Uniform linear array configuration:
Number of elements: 32
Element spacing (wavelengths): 1
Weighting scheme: cosine
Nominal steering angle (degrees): -15
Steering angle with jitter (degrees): -15.204
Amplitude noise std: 0.05
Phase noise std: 0.05

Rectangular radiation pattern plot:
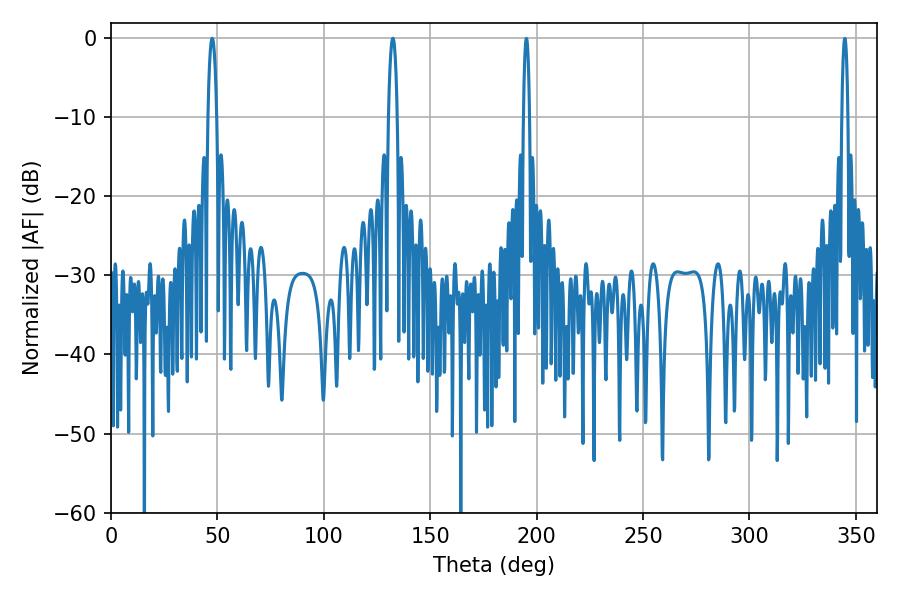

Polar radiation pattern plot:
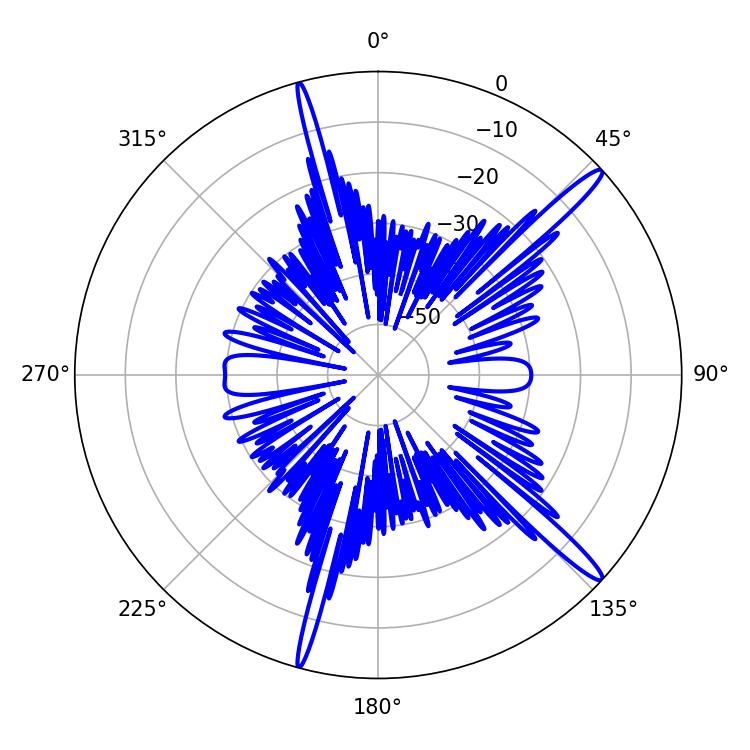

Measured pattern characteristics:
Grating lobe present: TRUE
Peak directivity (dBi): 15.897
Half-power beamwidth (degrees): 2.34
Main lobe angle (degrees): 47.52